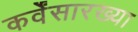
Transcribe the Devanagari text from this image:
कर्वेंसारख्या